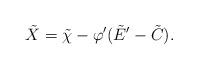
LaTeX: \begin{align*}\tilde{X} = \tilde{\chi} - \varphi' (\tilde{E}' -\tilde{C}).\end{align*}